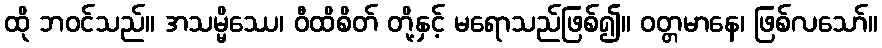
ထို ဘဝင်သည်။ အသမ္မိဿေ၊ ဝီထိစိတ် တို့နှင့် မရောသည်ဖြစ်၍။ ဝတ္တမာနေ၊ ဖြစ်လသော်။